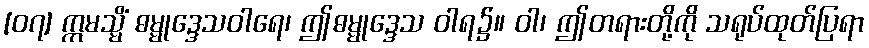
[၀၇] ဣမသ္မိံ ဓမ္မုဒ္ဒေသဝါရေ၊ ဤဓမ္မုဒ္ဒေသ ဝါရ၌။ ဝါ၊ ဤတရားတို့ကို သရုပ်ထုတ်ပြရာ